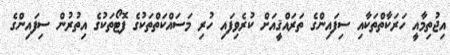
އިޖުތިމާއީ ހަރަކާތްތަކާއި ސިފައިންގެ ތަރައްޤީއަށް ކުރެވިފައި ހުރި މަސައްކަތްތަކުގެ ފޮޓޯތަކުގެ އިތުުރުން ސިފައިންގެ